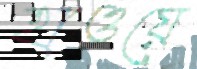
হাওয়ে